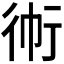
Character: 𲀛